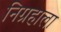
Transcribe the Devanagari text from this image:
निग्रहाला